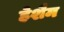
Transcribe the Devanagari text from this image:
हेशैम